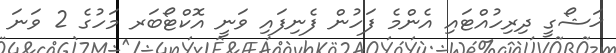
ޚަޝޯގީ ދިރިހުއްޓައި އެންމެ ފަހުން ފެނިފައި ވަނީ އޮކްޓޯބަރ މަހުގެ 2 ވަނަ